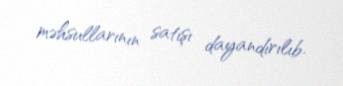
məhsullarının satışı dayandırılıb.